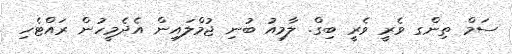
ސަމް ތިންގ ވެރީ ވެރީ ބިގް. ލާމިއު ބުނި ޖުމްލައިން އެދެމީހުން ރައްޓެހި